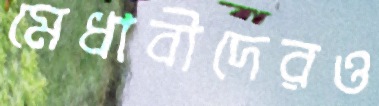
মেধাবীদেরও